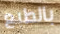
بالطبع